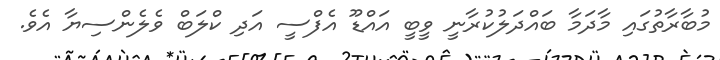
މުބާރާތުގައި މާދަމާ ބައްދަލުކުރާނީ ވީބީ އައްޑޫ އެފްސީ އަދި ކްލަބް ވެލެންސިޔާ އެވެ.